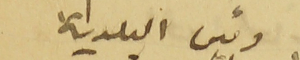
رئيس البلدية